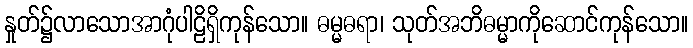
နှုတ်၌လာသောအာဂုံပါဠိရှိကုန်သော။ ဓမ္မဓရာ၊ သုတ်အဘိဓမ္မာကိုဆောင်ကုန်သော။